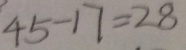
4 5 - 1 7 = 2 8